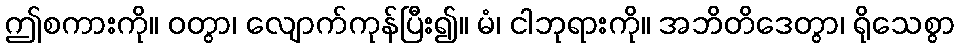
ဤစကားကို။ ဝတွာ၊ လျောက်ကုန်ပြီး၍။ မံ၊ ငါဘုရားကို။ အဘိတိဒေတွာ၊ ရိုသေစွာ